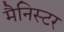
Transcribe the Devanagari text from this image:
मैनिस्टर